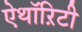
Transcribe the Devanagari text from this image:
ऐथॉऱिटी